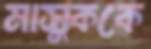
মাসুককে